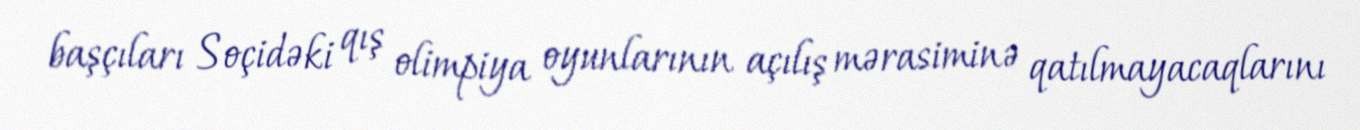
başçıları Soçidəki qış olimpiya oyunlarının açılış mərasiminə qatılmayacaqlarını